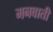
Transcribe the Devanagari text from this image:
मनवाती